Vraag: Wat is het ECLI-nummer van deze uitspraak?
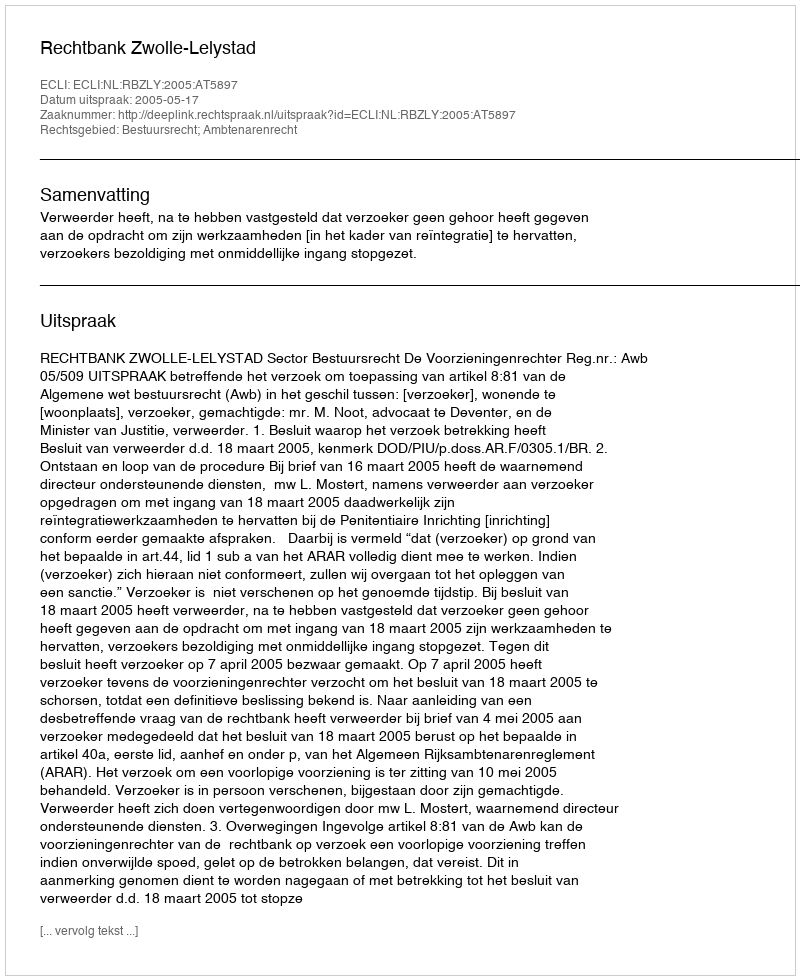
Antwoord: ECLI:NL:RBZLY:2005:AT5897